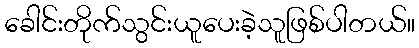
ခေါင်းတိုက်သွင်းယူပေးခဲ့သူဖြစ်ပါတယ်။